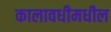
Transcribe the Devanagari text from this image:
कालावधीमधील